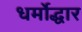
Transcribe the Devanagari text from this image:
धर्मोद्धार